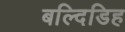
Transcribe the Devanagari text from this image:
बल्दिडिह